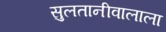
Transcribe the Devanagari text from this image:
सुलतानीवालाला